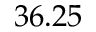
3 6 . 2 5